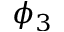
\phi _ { 3 }